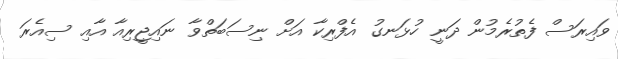
ވައިރަސް ފެތުރެމުން ދަނީ ހުޅަނގު އެފްރިކާ އަށް ނިސަބަތްވާ ނައިޖީރިއާ އާއި ސިއެރަ